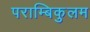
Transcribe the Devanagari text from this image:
पराम्बिकुलम